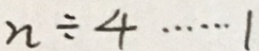
n \div 4 \cdots 1